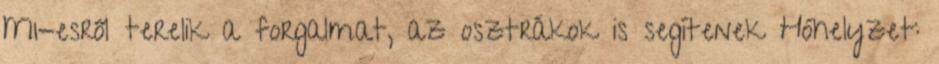
M1-esről terelik a forgalmat, az osztrákok is segítenek Hóhelyzet: